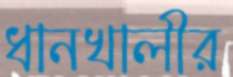
ধানখালীর